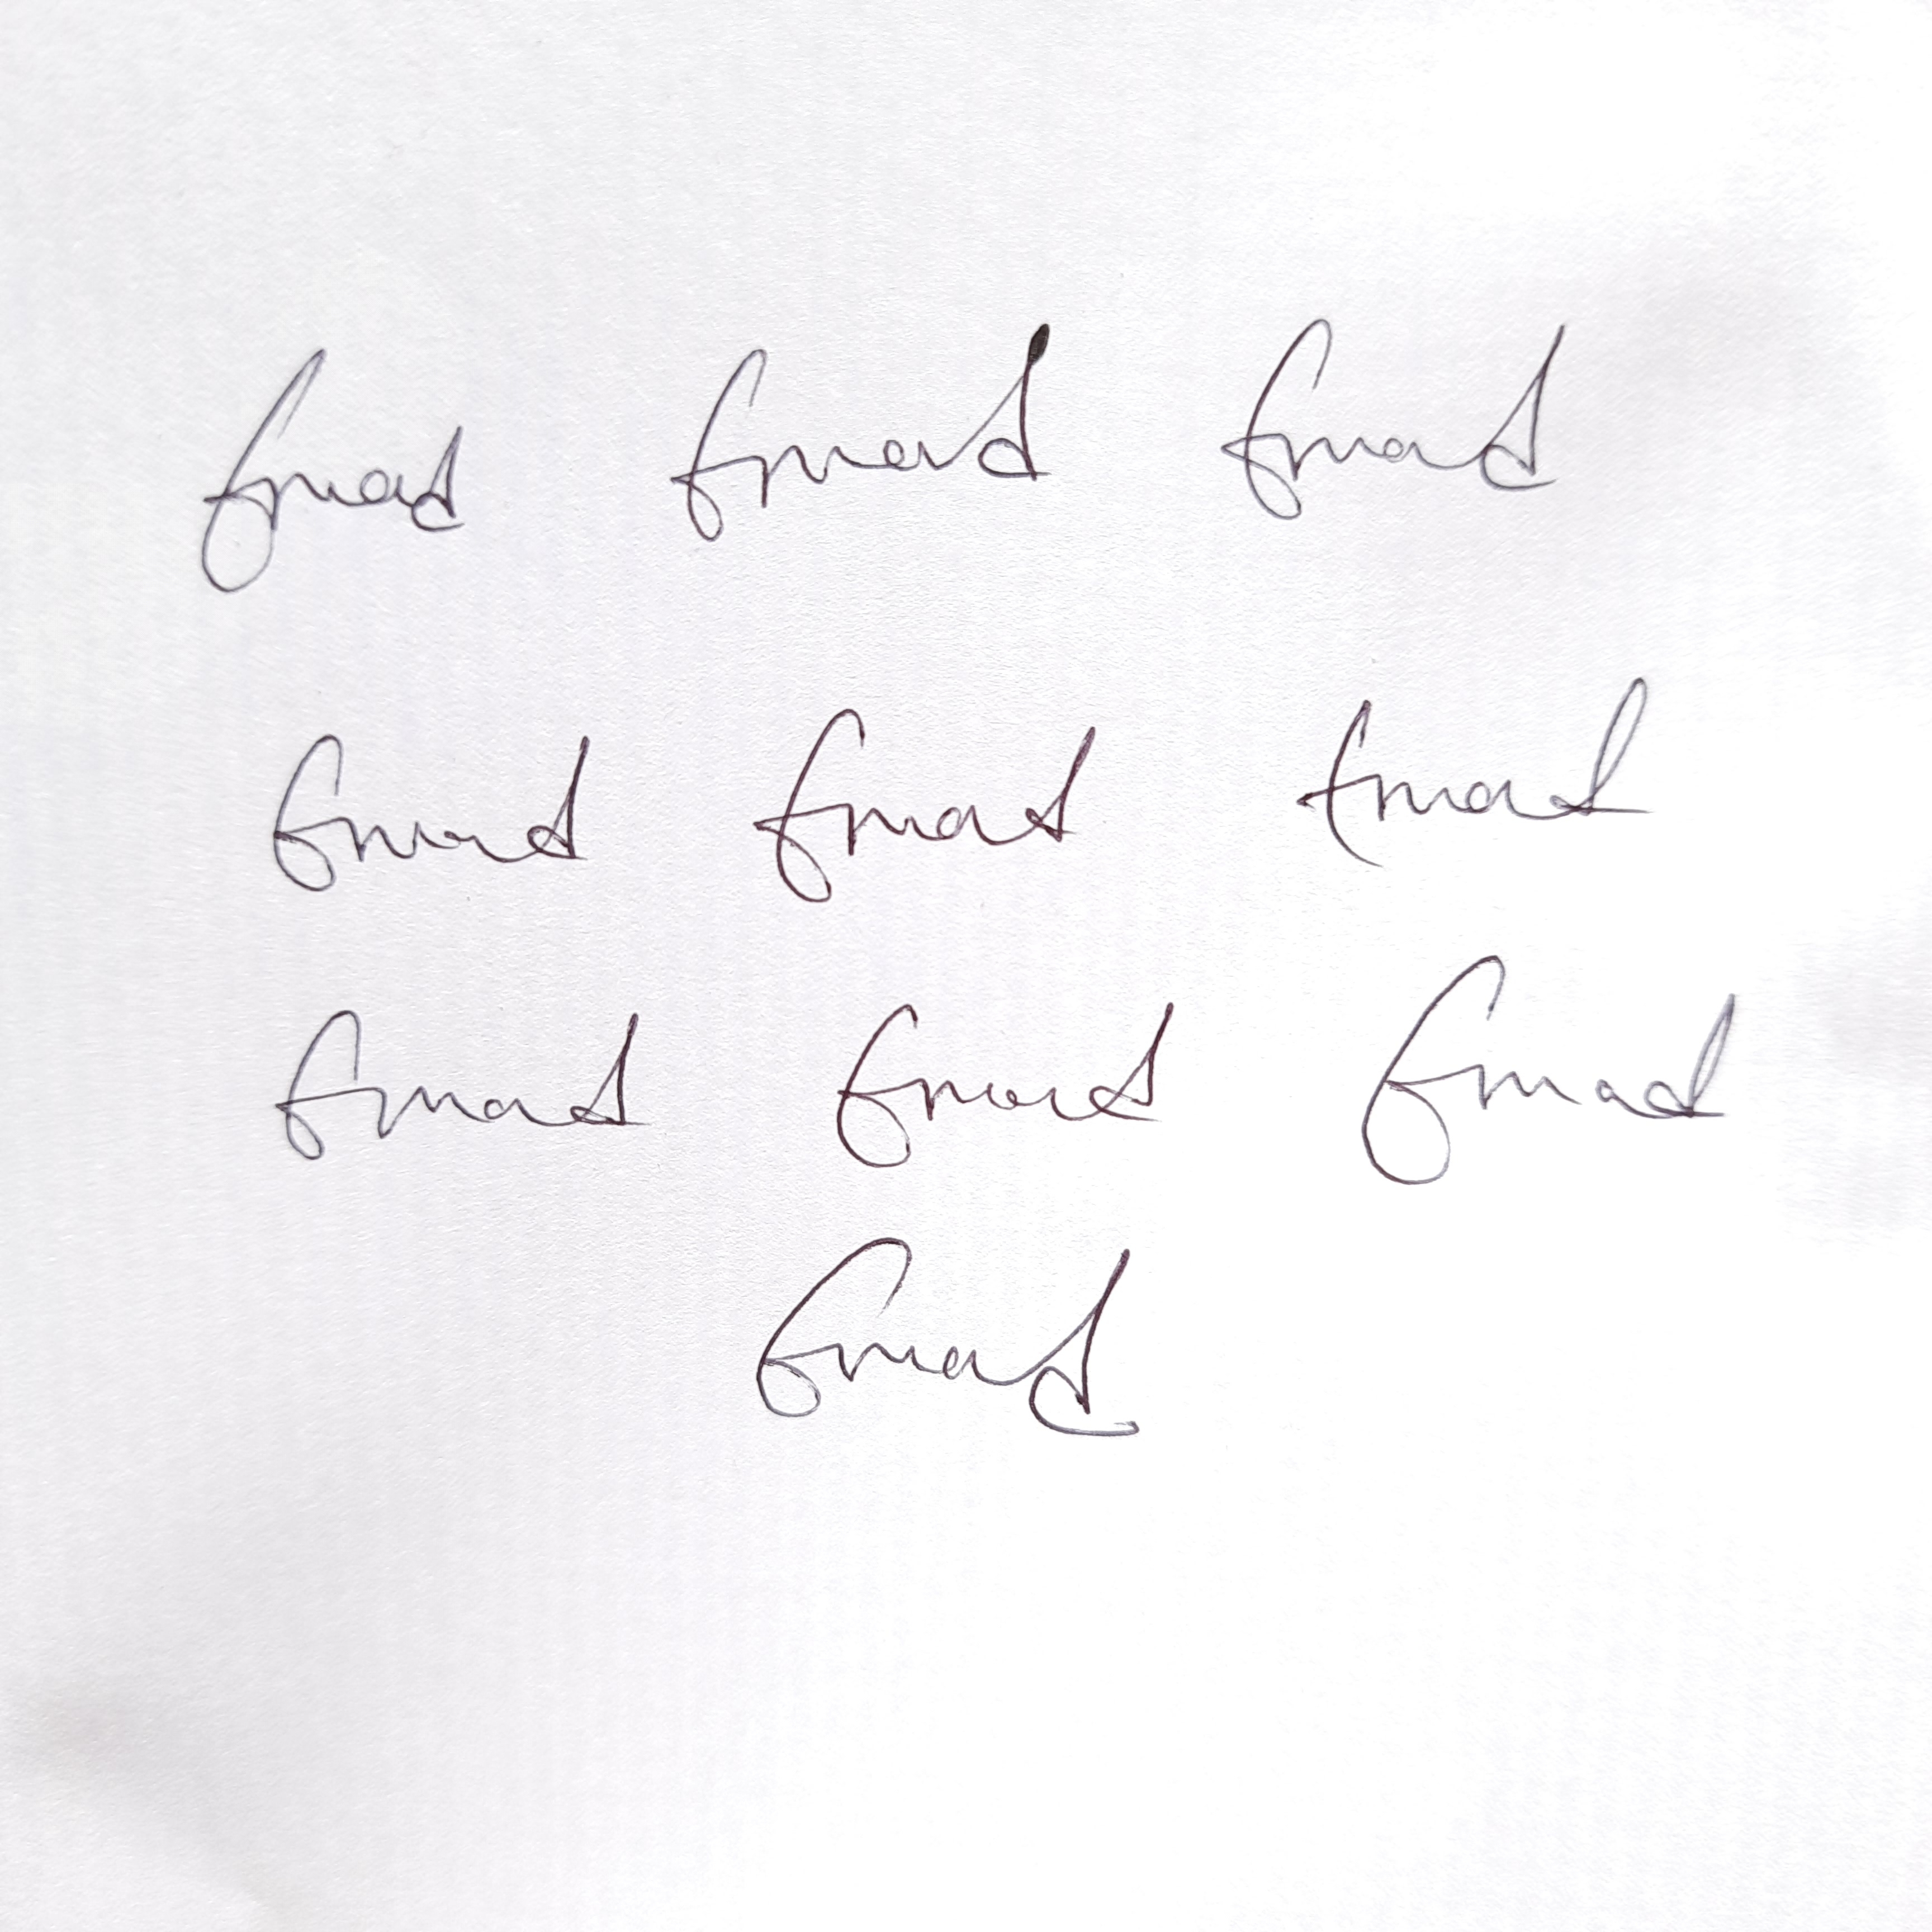
Signature authenticity: genuine